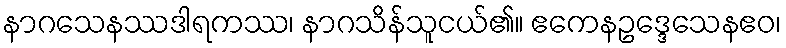
နာဂသေနဿဒါရကဿ၊ နာဂသိန်သူငယ်၏။ ဧကေနဥဒ္ဒေသေနဧဝ၊